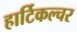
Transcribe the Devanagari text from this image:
हार्टिकल्चर